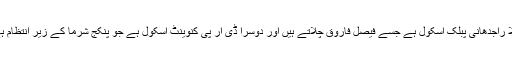
پہلا راجدھانی پبلک اسکول ہے جسے فیصل فاروق چلاتے ہیں اور دوسرا ڈی آر پی کنوینٹ اسکول ہے جو پنکج شرما کے زیر انتظام ہے۔